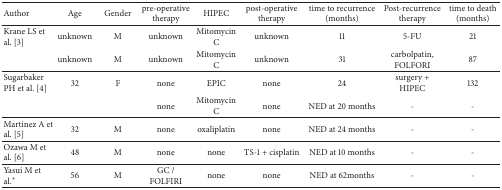
<table><thead><tr><td><b>Author</b></td><td><b>Age</b></td><td><b>Gender</b></td><td><b>pre-operative therapy</b></td><td><b>HIPEC</b></td><td><b>post-operative therapy</b></td><td><b>time to recurrence(months)</b></td><td><b>Post-recurrence therapy</b></td><td><b>time to death(months)</b></td></tr></thead><tbody><tr><td>Krane LS et al. [3]</td><td>unknown</td><td>M</td><td>unknown</td><td>Mitomycin C</td><td>unknown</td><td>11</td><td>5-FU</td><td>21</td></tr><tr><td> </td><td>unknown</td><td>M</td><td>unknown</td><td>Mitomycin C</td><td>unknown</td><td>31</td><td>carbolpatin, FOLFORI</td><td>87</td></tr><tr><td>Sugarbaker PH et al. [4]</td><td>32</td><td>F</td><td>none</td><td>EPIC</td><td>none</td><td>24</td><td>surgery + HIPEC</td><td>132</td></tr><tr><td> </td><td> </td><td> </td><td>none</td><td>Mitomycin C</td><td>none</td><td>NED at 20 months</td><td>-</td><td>-</td></tr><tr><td>Martinez A et al. [5]</td><td>32</td><td>M</td><td>none</td><td>oxaliplatin</td><td>none</td><td>NED at 24 months</td><td>-</td><td>-</td></tr><tr><td>Ozawa M et al. [6]</td><td>48</td><td>M</td><td>none</td><td>none</td><td>TS-1 + cisplatin</td><td>NED at 10 months</td><td>-</td><td>-</td></tr><tr><td>Yasui M et al.<sup><i>∗</i></sup> </td><td>56</td><td>M</td><td>GC / FOLFIRI</td><td>none</td><td>none</td><td>NED at 62months</td><td>-</td><td>-</td></tr></tbody></table>